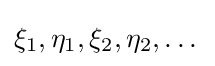
\xi _{1},\eta _{1},\xi _{2},\eta _{2},\dots